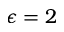
\epsilon = 2